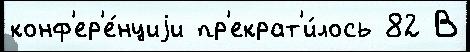
конф'ер'е́нциjи пр'екрат'и́лось 82 В